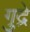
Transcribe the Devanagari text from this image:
गुद्रे